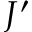
J ^ { \prime }